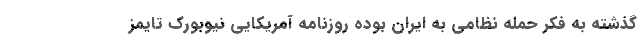
گذشته به فکر حمله نظامی به ایران بوده روزنامه آمریکایی نیوبورک تایمز